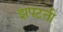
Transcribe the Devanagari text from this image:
झपटती